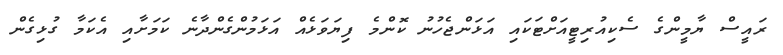
ރައީސް ޔާމީންގެ ސެކިއުރިޓީއަށްޓަކައި އަޅަންޖެހުނު ކޮންމެ ފިޔަވަޅެއް އަޅަމުންގެންދާނެ ކަމަށާއި އެކަމާ ގުޅިގެން